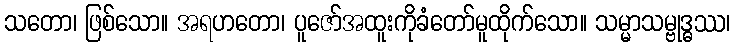
သတော၊ ဖြစ်သော။ အရဟတော၊ ပူဇော်အထူးကိုခံတော်မူထိုက်သော။ သမ္မာသမ္ဗုဒ္ဓဿ၊